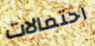
احتمالات